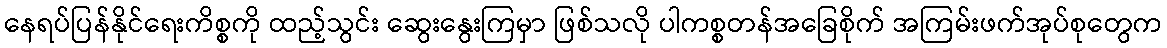
နေရပ်ပြန်နိုင်ရေးကိစ္စကို ထည့်သွင်း ဆွေးနွေးကြမှာ ဖြစ်သလို ပါကစ္စတန်အခြေစိုက် အကြမ်းဖက်အုပ်စုတွေက